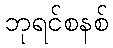
ဘုရင်စနစ်